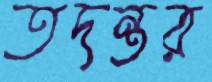
তদন্তর